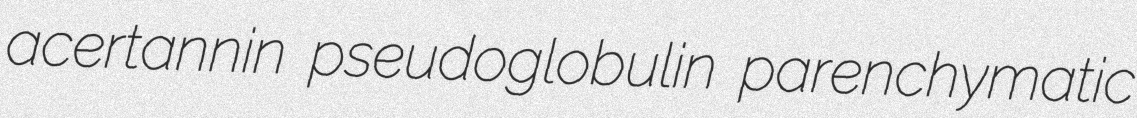
acertannin pseudoglobulin parenchymatic